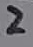
Text: 2